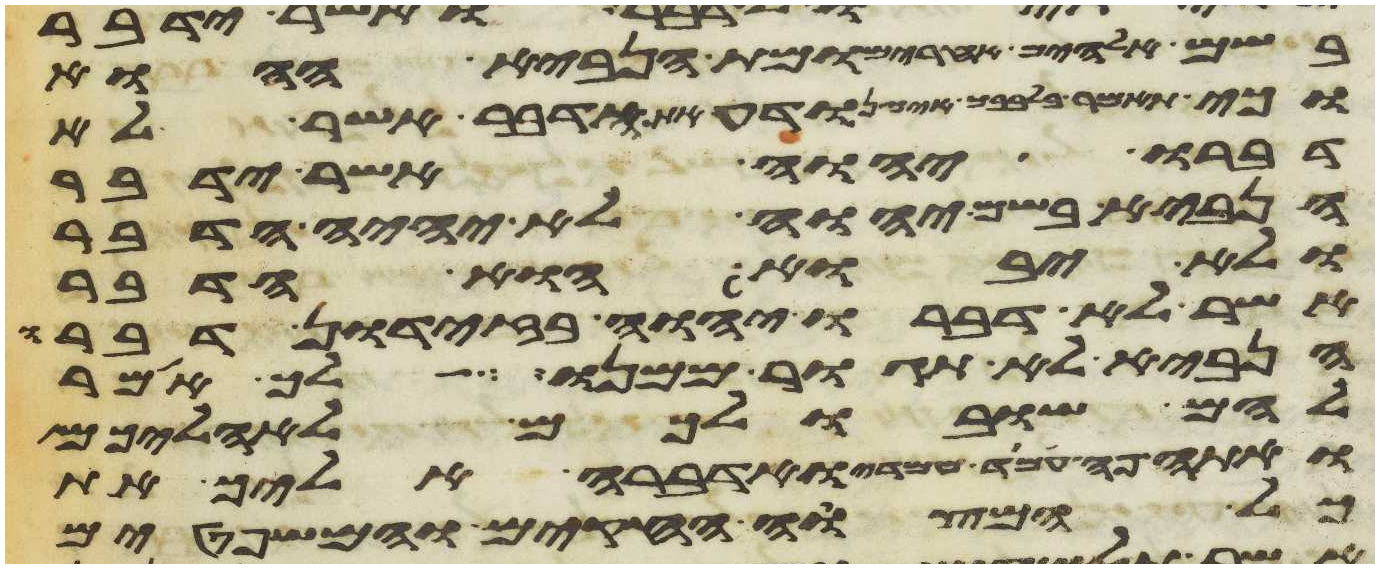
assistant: בשם אלהים אחרים ומת הנביא ההוא
וכי תאמר בלבבך איך נודע את הדבר אשר לא
דברו יהוה אשר ידבר
הנביא בשם יהוה לא יהיה הדבר
ולא יבוא הוא הדבר
אשר לא דברו יהוה בזדון דברו
הנביא לא תגור ממנו לך אמר
להם שובו לכם לאהליכם
ואתה פה עמד עמדי ואדברה אליך את
כל המצוה החקים והמשפטים